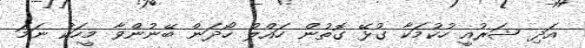
އަދި ޝަރުއީ ހުކުމަކާ ގުޅޭ ގޮތުން ހައްލު ހޯދަން ބޭނުންވާ މީހަކު ނަމަ